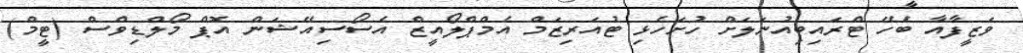
ވަޒީފާއާ ބެހޭ ޓްރައިބިއުނަލަށް ހުށަހެޅި ޓުއަރިޒަމް އެމްޕްލޯއީޒް އެސޯސިއޭޝަން އޮޕް މޯލްޑިވްސް (ޓީމް)